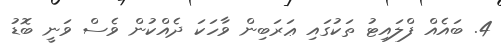
4. ބައެއް ފްލައިޓު ތަކުގައި ޢަރަބިން ވާހަކަ ދެއްކުން ވެސް ވަނީ ބޮޑު